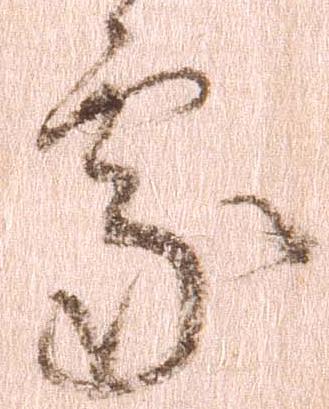
処